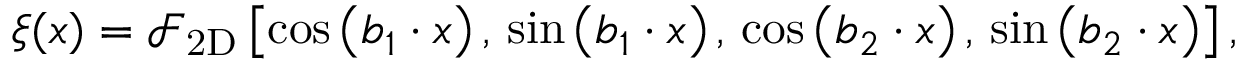
\begin{array} { r } { \xi ( { \boldsymbol x } ) = \mathcal { F } _ { \mathrm { 2 D } } \left[ \cos \left( { \boldsymbol b _ { 1 } } \cdot { \boldsymbol x } \right) , \, \sin \left( { \boldsymbol b _ { 1 } } \cdot { \boldsymbol x } \right) , \, \cos \left( { \boldsymbol b _ { 2 } } \cdot { \boldsymbol x } \right) , \, \sin \left( { \boldsymbol b _ { 2 } } \cdot { \boldsymbol x } \right) \right] , } \end{array}